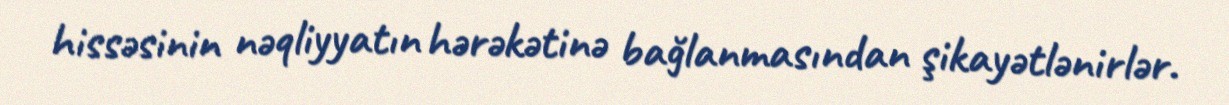
hissəsinin nəqliyyatın hərəkətinə bağlanmasından şikayətlənirlər.